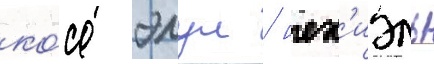
ко́со элул / иех'иэль